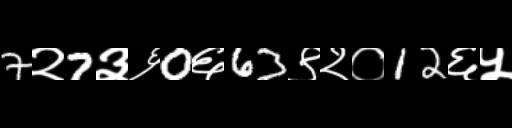
Text: 7२7३६0६63९२०12६५